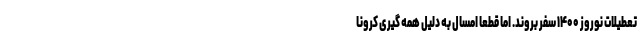
تعطیلات نوروز ۱۴۰۰ سفر بروند. اما قطعا امسال به دلیل همه گیری کرونا